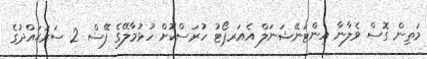
މަތިން ގޮސް ވެލާނާ އިންޓަނޭޝަނަލް އެއަރޕޯޓު ހުރަސްކޮށް ހުޅުމާލޭގެ ފޭސް 2 ސަރަޙައްދުގެ